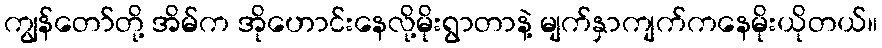
ကျွန်တော်တို့ အိမ်က အိုဟောင်းနေလို့မိုးရွာတာနဲ့ မျက်နှာကျက်ကနေမိုးယိုတယ်။